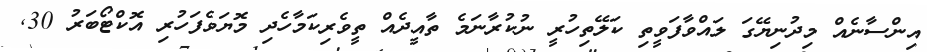
އިންސާނެއް މިދުނިޔޭގަ ލައްވާފަވީތި ކަލޭތިހުރީ ނުކުރާނަމެ ތާއީދެއް ތީވެރިކަމާހެދި މޮޔަވެފަހުރި އޮކްޓޯބަރު 30